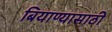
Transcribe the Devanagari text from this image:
बियाण्यासाठी